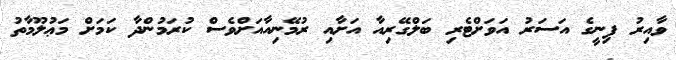
ވާއިރު ފިނީގެ އަސަރު އަވަށްޓެރި ބަލްގޭރިއާ އަށާއި ރުމޭނިއާއަށްވެސް ކުރަމުންދާ ކަމަށް މަޢުލޫމާތު